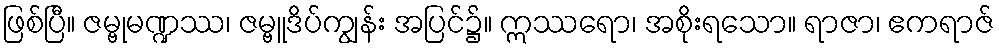
ဖြစ်ပြီ။ ဇမ္ဗုမဏ္ဍဿ၊ ဇမ္ဗူဒိပ်ကျွန်း အပြင်၌။ ဣဿရော၊ အစိုးရသော။ ရာဇာ၊ ဧကရာဇ်